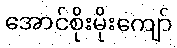
အောင်စိုးမိုးကျော်